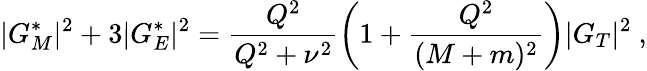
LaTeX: |G_{M}^{*}|^{2}+3|G_{E}^{*}|^{2}=\frac{Q^{2}}{Q^{2}+\nu^{2}}\left(1+\frac{Q^{2}}{(M+m)^{2}}\right)|G_{T}|^{2}\ ,